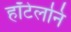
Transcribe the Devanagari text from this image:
हॉटेलनि